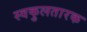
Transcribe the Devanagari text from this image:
स्वकुलतारक